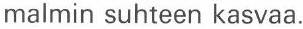
malmin suhteen kasvaa.